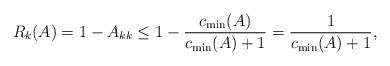
LaTeX: \begin{align*}R_k(A)=1-A_{kk} \leq 1-\dfrac{c_{\min}(A)}{c_{\min}(A) +1}=\dfrac{1}{c_{\min}(A) +1},\end{align*}